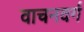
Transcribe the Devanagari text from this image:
वाचनवर्ग